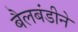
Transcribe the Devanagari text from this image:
बैलबंडीने